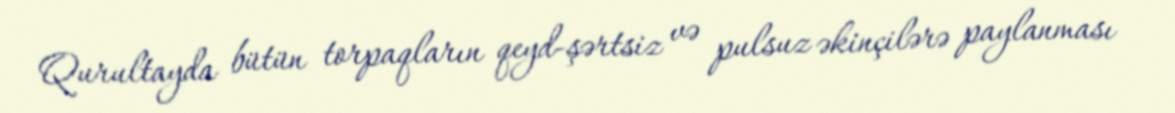
Qurultayda bütün torpaqların qeyd-şərtsiz və pulsuz əkinçilərə paylanması